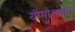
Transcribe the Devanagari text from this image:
यीमौसोबत